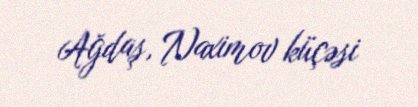
Ağdaş, Naximov küçəsi